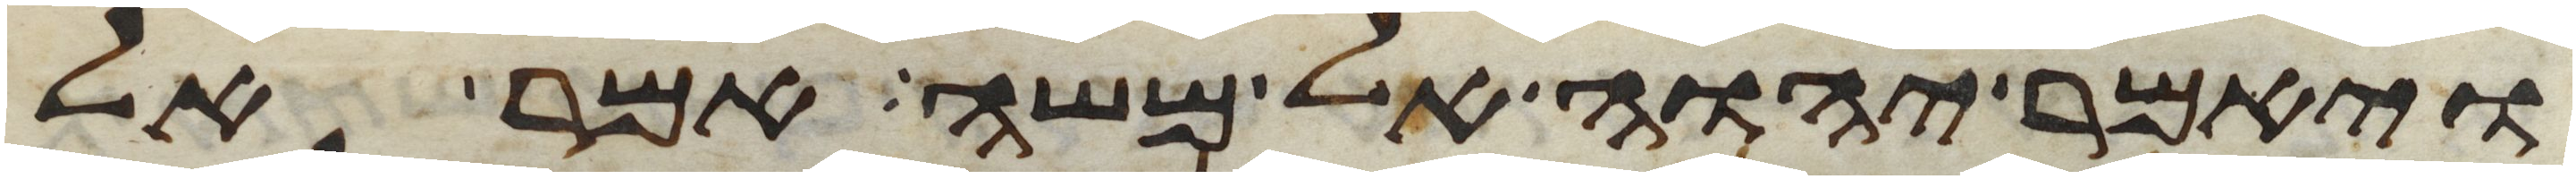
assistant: ויאמר יהוה אל משה אמר אל